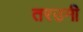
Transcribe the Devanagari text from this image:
तरउनी